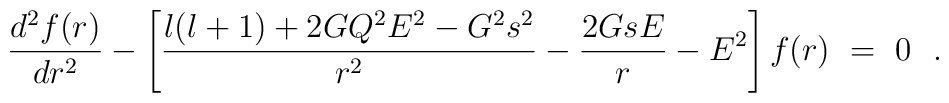
{d^2f(r) \over dr^2} - \left[ {l(l+1)+2G Q^2 E^2 -G^2s^2 \over r^2} - {2GsE \over r} - E^2 \right] f(r) ~=~0~~.